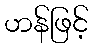
ဟန်ဖြင့်